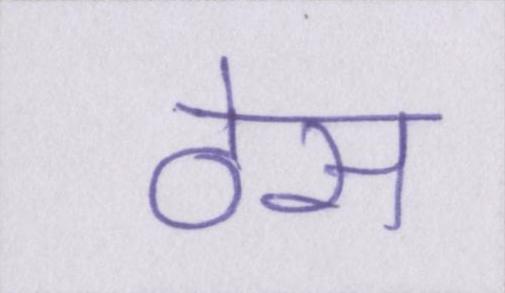
ठेस